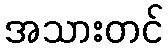
အသားတင်